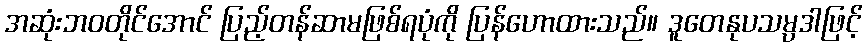
အဆုံးဘဝတိုင်အောင် ပြည့်တန်ဆာမဖြစ်ရပုံကို ပြန်ဟောထားသည်။ ဒူတေနုပသမ္ပဒါဖြင့်